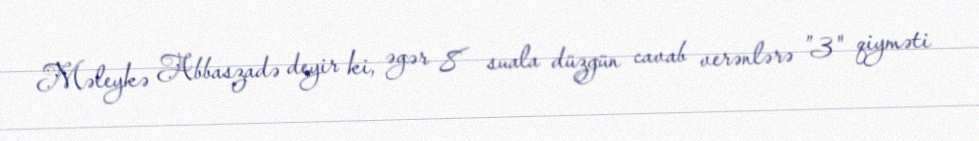
Məleykə Abbaszadə deyir ki, əgər 8 suala düzgün cavab verənlərə ”3" qiyməti